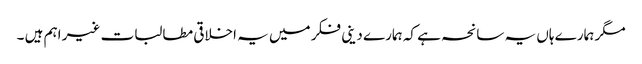
مگر ہمارے ہاں یہ سانحہ ہے کہ ہمارے دینی فکر میں یہ اخلاقی مطالبات غیر اہم ہیں ۔